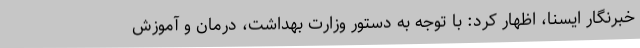
خبرنگار ایسنا، اظهار کرد: با توجه به دستور وزارت بهداشت، درمان و آموزش